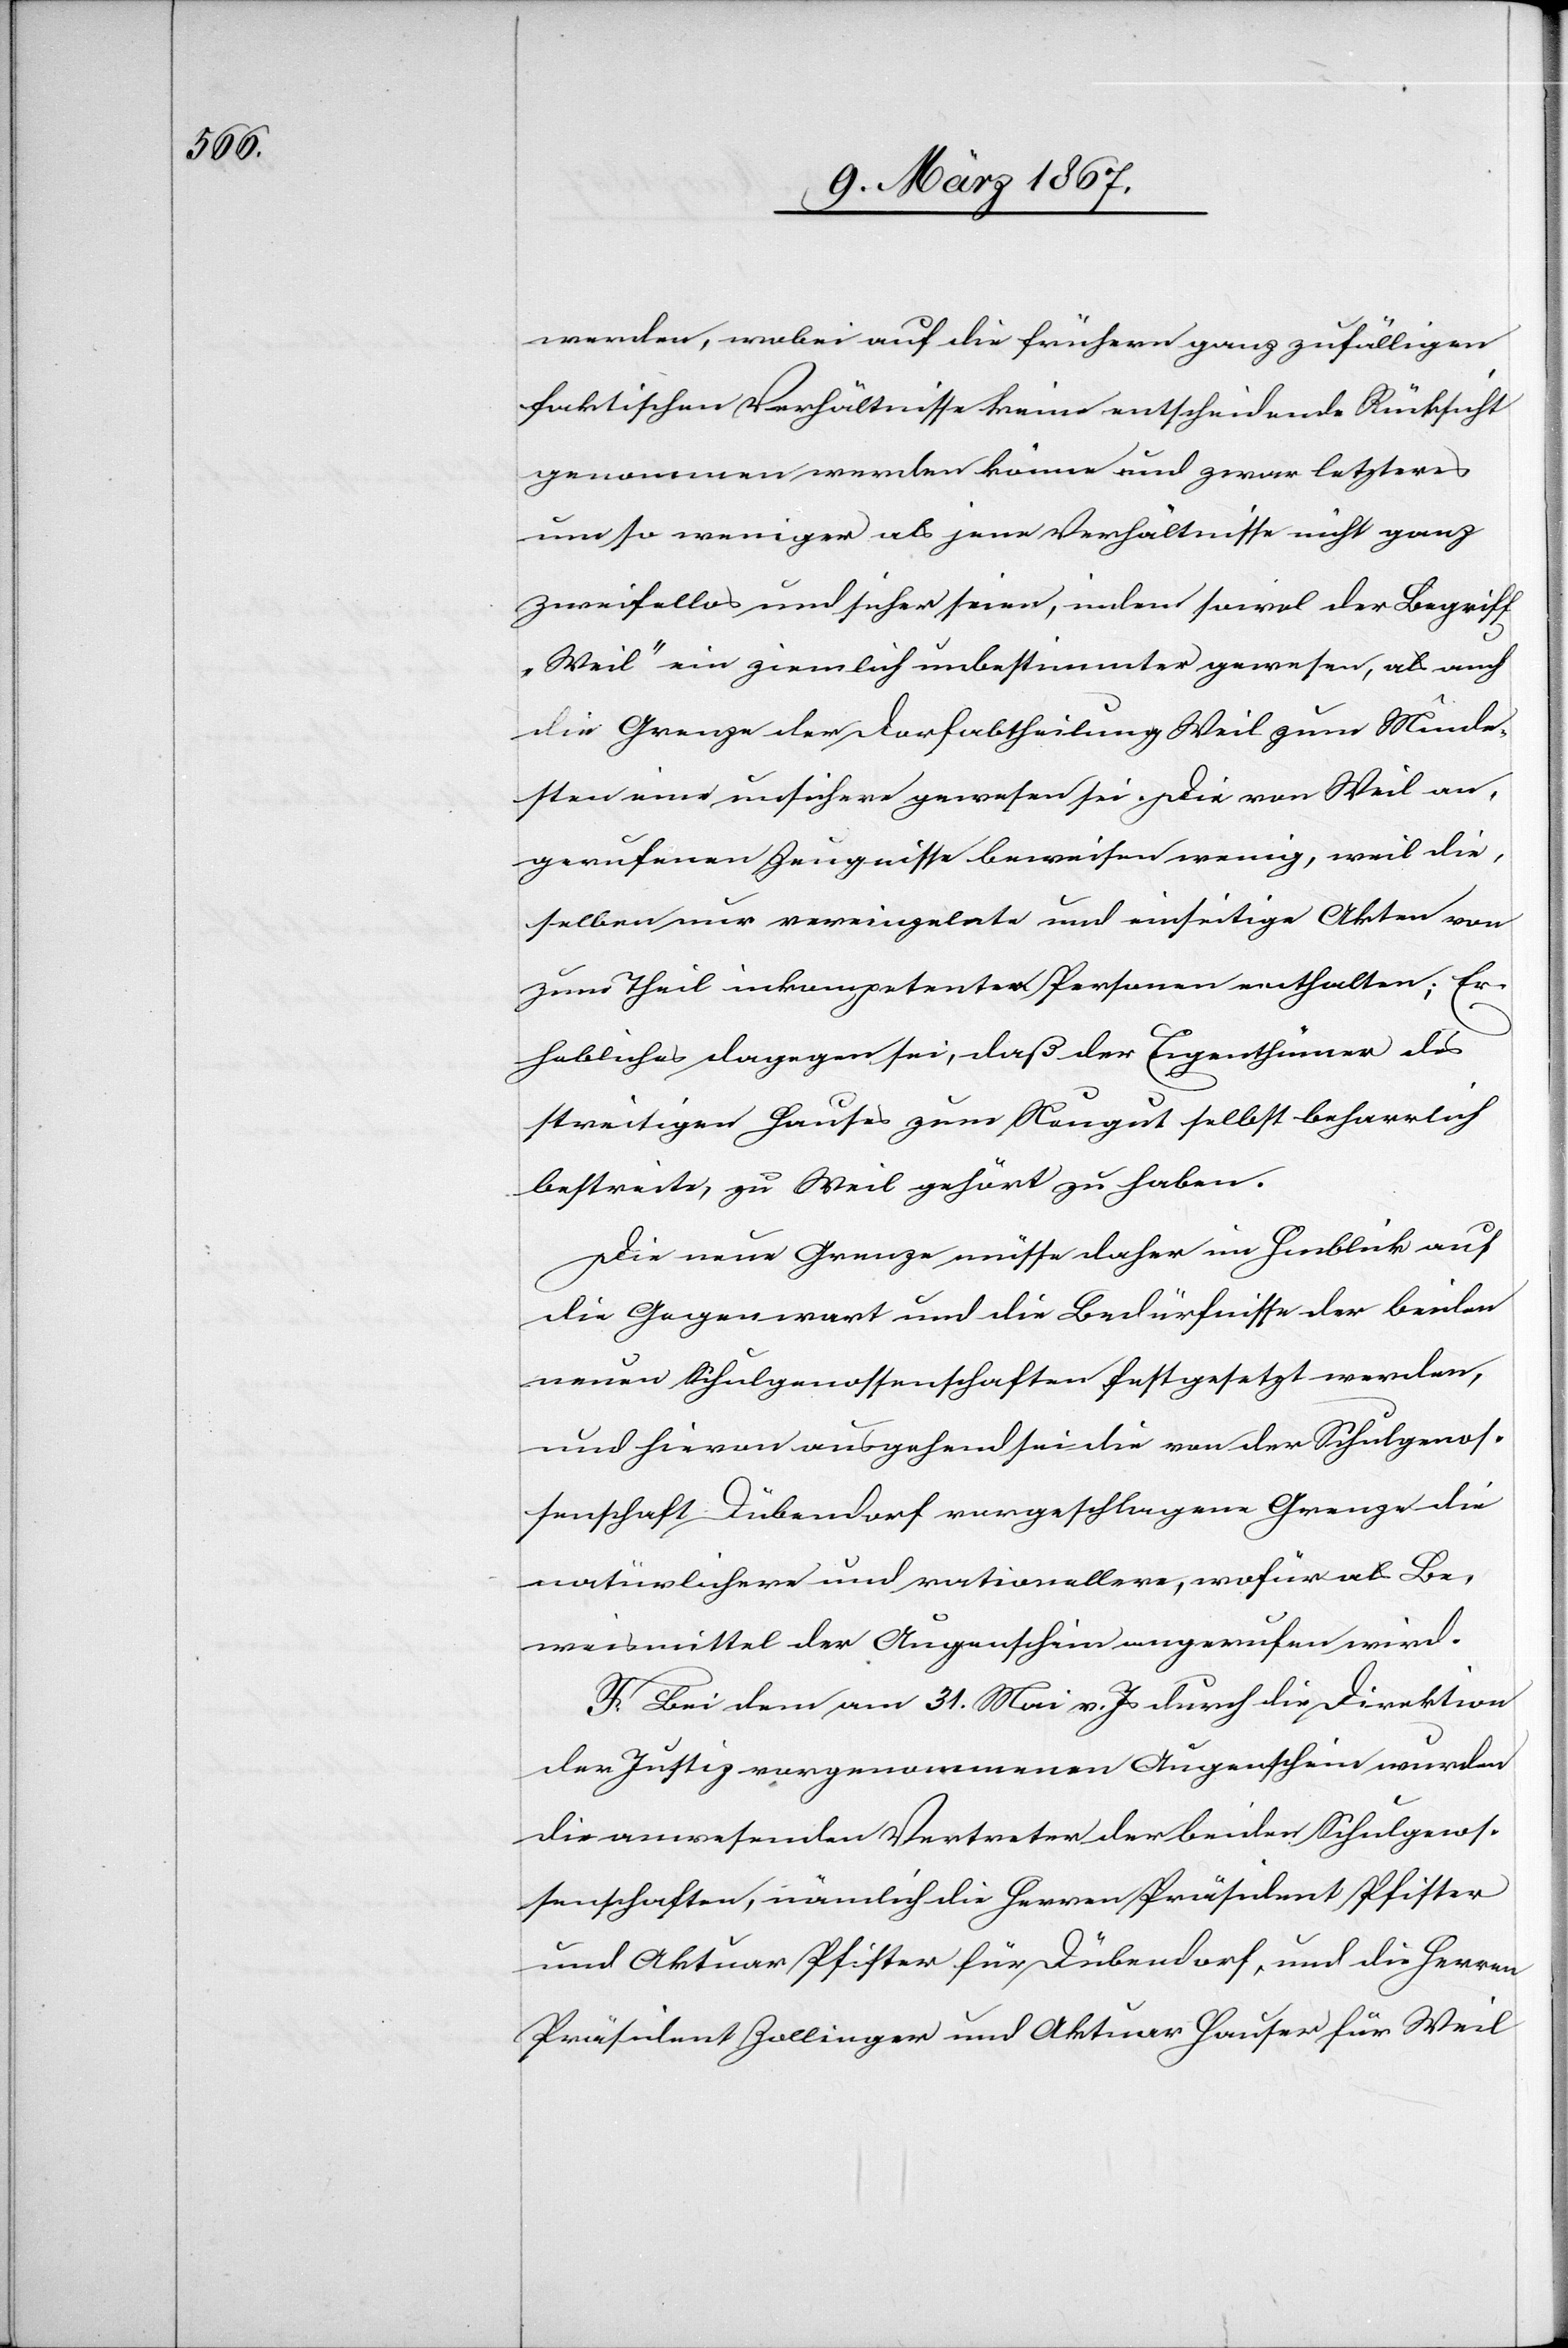
werden, wobei auf die frühern ganz zufälligen
faktischen Verhältnisse keine entscheidende Rücksicht
genommen werden könne und zwar letzteres
um so weniger als jene Verhältnisse nicht ganz
zweifellos und sicher seien, indem sowol der Begriff
„Weil“ ein ziemlich unbestimmter gewesen, als auch
die Grenze der Dorfabtheilung Weil zum Minde¬
sten eine unsichere gewesen sei. Die von Weil an¬
gerufenen Zeugnisse beweisen wenig, weil die¬
selben nur vereinzelte und einseitige Akten von
zum Theil inkompetenten Personen enthalten; Er¬
hebliches dagegen sei, daß der Eigenthümer des
streitigen Hauses zum Neugut selbst beharrlich
bestreite, zu Weil gehört zu haben.
Die neue Grenze müsse daher im Hinblick auf
die Gegenwart und die Bedürfnisse der beiden
neuen Schulgenossenschaften festgesetzt werden,
und hievon ausgehend sei die von der Schulgenos¬
senschaft Dübendorf vorgeschlagene Grenze die
natürlichere und rationellere, wofür als Be¬
weismittel der Augenschein angerufen wird.
F. Bei dem am 31. Mai v. Js durch die Direktion
der Justiz vorgenommenen Augenschein wurden
die anwesenden Vertreter der beiden Schulgenos¬
senschaften, nämlich die Herren Präsident Pfister
und Aktuar Pfister für Dübendorf, und die Herren
Präsident Zollinger und Aktuar Hauser für Weil